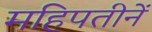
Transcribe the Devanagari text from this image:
महिपतीनें